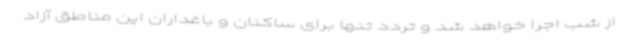
از شب اجرا خواهد شد و تردد تنها برای ساکنان و باغداران این مناطق آزاد